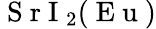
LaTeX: \mathrm{~S~r~I~}_{2}(\mathrm{~E~u~})